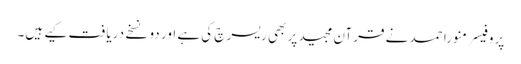
پروفیسر منورا حمد نے قرآن مجید پر بھی ریسرچ کی ہے اور دو نسخے دریافت کیے ہیں۔